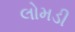
લોમડી